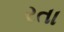
રતા